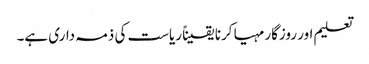
تعلیم اور روزگار مہیا کرنا یقیناً ریاست کی ذمہ داری ہے۔